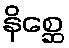
နိစ္ဆေ